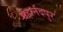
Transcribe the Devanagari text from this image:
महानंदपुर